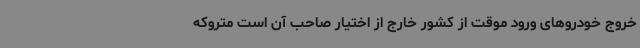
خروج خودروهای ورود موقت از کشور خارج از اختیار صاحب آن است متروکه